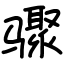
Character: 骤